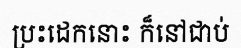
ប្រះដេកនោះ ក៏នៅជាប់